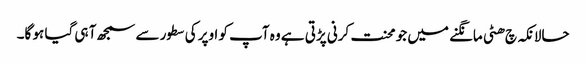
حالانکہ چ ھٹی مانگنے میں جو محنت کرنی پڑتی ہے وہ آپ کو اوپر کی سطور سے سمجھ آ ہی گیا ہو گا۔